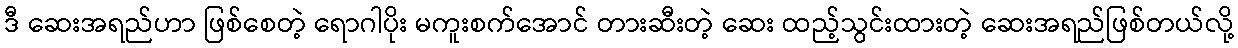
ဒီ ဆေးအရည်ဟာ ဖြစ်စေတဲ့ ရောဂါပိုး မကူးစက်အောင် တားဆီးတဲ့ ဆေး ထည့်သွင်းထားတဲ့ ဆေးအရည်ဖြစ်တယ်လို့